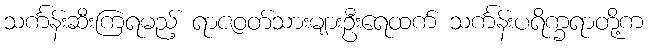
သင်္ကန်းဆီးကြရမည့် ရာဇဝတ်သားများဦးရေထက် သင်္ကန်းပရိက္ခရာတို့က